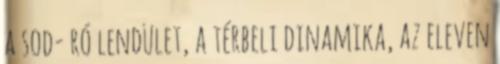
a sod- ró lendület, a térbeli dinamika, az eleven